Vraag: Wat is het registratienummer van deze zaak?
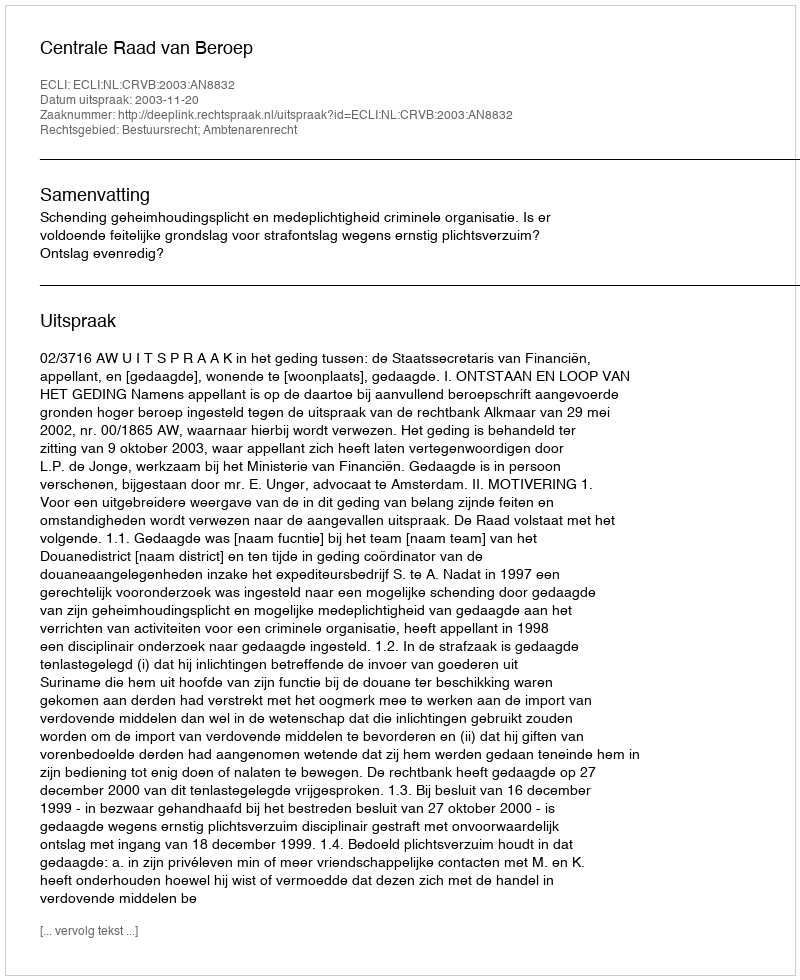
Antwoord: http://deeplink.rechtspraak.nl/uitspraak?id=ECLI:NL:CRVB:2003:AN8832